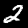
Label: 2